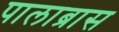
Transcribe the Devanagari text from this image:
पालाब्रास